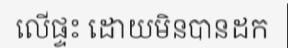
លើផ្ទះ ដោយមិនបានដក